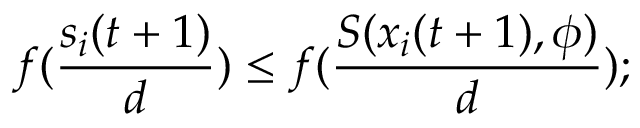
f ( \frac { s _ { i } ( t + 1 ) } { d } ) \leq f ( \frac { S ( x _ { i } ( t + 1 ) , \phi ) } { d } ) ;